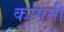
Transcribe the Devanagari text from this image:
कांगनी